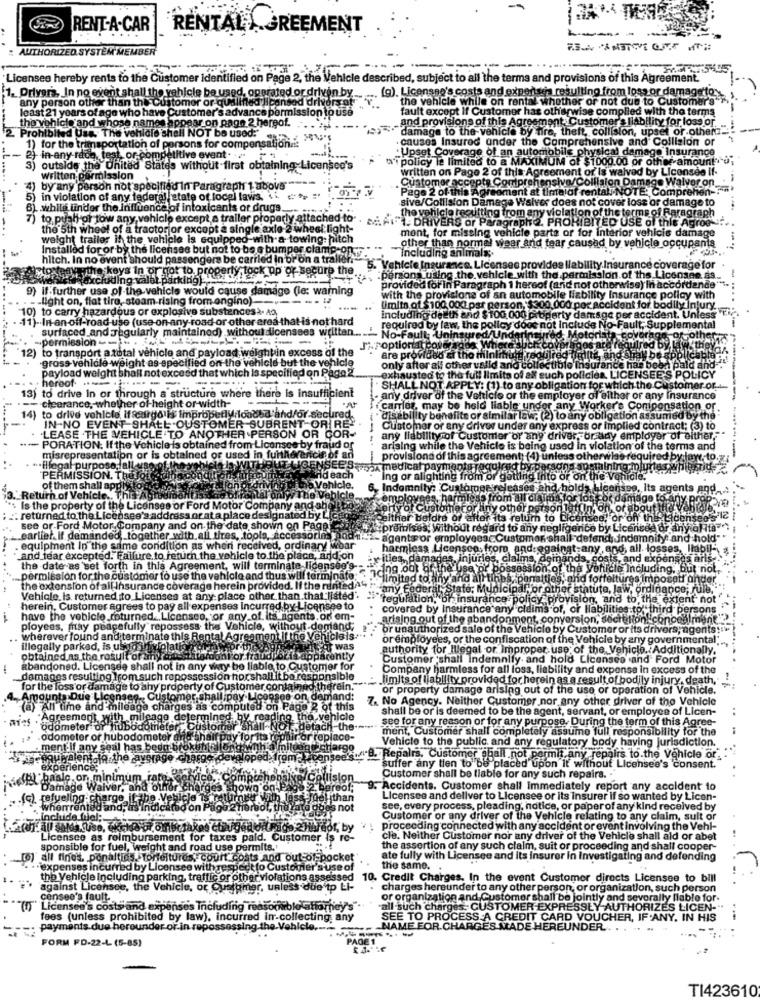
RENT-A-CAR
RENTAL. FREEMENT
: AUTHORIZED SYSTEM'ME
Licensee hereby rents to the Customer Identified on Page 2, the Vehicle described, subject to all the terms and provisions of this Agreement.
1. Drivers, In no event shall the vehicle be used, operated or driven by
.. (g). Licensno's costs and expenses resulting from loss or damageto:
d drive
the vehicle while on rental whether or not due to Customer's"
any person other than the Customer or quali
least 21 years of age who have Customer's advance pe
slonta
tho vehicle and whose names appear on page 2 hergof.
_ and provisions of this Agreement_Customer's liability for loss or
fault except If Customer has otherwise complied with the terms
damage to the vehicle by fire, theft, collision, upset or others.
2. Prohibited Uss. The vehicle shall NOT be used:"
. causes Insured under
the C
rehensive and Collision or
1) for the transportation of persons for compensation.i:
· Upset Cov
-Ups
damage Insurance
-in-any-rdon, test or competitive event.
policy le limited to
e of an automobile p
MUM of $1
w amount ;
3) outside the United States without first obtaining Licensed'
written on Page 2 of th
reem
vad
by Licensee if-
written permission
Customer
ge Walvor on_
by any person not specified In Paragraph 1 ubovs"
Customer accepts Cor
cepts Coutprehensive/Colllal
nt at time of
COTE: Comprehen-
in violation of any federal,state of local laws, ", ">
Page 2 of this Agreed
Page
sive/Collision Damag
Waiver does not cover loss or damage to
while under the influencelof intoxicants or drugs ...
they
temsilting from any violation of the terms of Faragraph
)to push of tow any vehicle except a t
r prope
2. PRORIE
7ED USE of this Agroe ?.
ITED
the 5th wheel of a tractor or except @ s
.FILL DRIVERS or Pa
mont, for missing vehicle par
or for into
ror vehicis damage
weight trailer if the vehicle is equ
Installed for or by the licenses but not to be o b
Including animals ;.
other than normal v
and tear car
y vehicle occupants
hitch. In no event should passengera be carried In or on a trailer
ould p
olmalıs.
keys in or not to properly lock up or secure the
Vehicle Insurance. Licenses provides liability Insurance coverage for
hicte Insurance. Licensee provid
age for
(cluding valet parking).
king)-
:persons using.the vehicle.with th
persons using.the vehicle.with the permission.of the Licensee.89
9) if further use of the
s would cause damage (le: warning
provided for in Paragraph 1 hereof
hereo
ss) In accordance
__ light on, flat tire, s
light on, flat tiro, stoam-rising from ongino).
Ing from angino)
with the provisions of an automob
10) to carry hazardous or explosive substances>. AS,
Umits of $100 000 par person, $300
Imits of $100 000 par person, $300,000 por accident for bodily injury ..
11)-In-an off-road use (use on any road or other area that is not hard
hard
including delth and $100.000 prop
bperty damage !
per accident. Unless
surfaced and regularly maintained) without dicensses writtan ..
hout dicensses
required by law, the policy does no
ude No
ult, Supplemental
ult Su
-permission ---
No-Fault
12) to transport a total vehicle and payload weightin excess of the
JAPoptional coser
red b
-grass vehlale weight as specified on the vehicle but the vehicle
are provide
Fuso er tho mint
-gross vehlale weig
payload weight shall not exceed that which is specified on Pago2
ht as-
lale
only after all other valid and collec
only after all other valid and collectible insura
as bee
hereof. ..
---
sted to the full limita of alt e
CENSEE'S PO
is insufficient
SHALL NOT APPLY: (1).to any obli
V: (1) to any obligation for which the Customer of ..
ch the C
stomer or.
13) to drive in or through a structure w
clearance, whether of-height or width-
any driver of the Vehl
loye
ot or any Insurance
carlos, may be held liable ur
compensation of
to drive vehicle if seargo is improperly loaded and/or-sech
disability benefits or similar law, (2)
ry obli
ation assumed by the
the
IN-NO EVENT SHALL OUSTOMER SUBRENT OR RE"
Customer or any driver under any
ed contract; (3) to
.LEASE THE VEHICLE .TO ANOTH
PERSON OR GOR
any liability of Customer or any d
any liability of Customer or any driver, or any employer of either,"
PORATION. If the Vehicle is obtained from Licenses b
ud or
arising while the Vehicle is being u
arising while the Vehicle is being used in violation of the terms and
3 and
misrepresentation or is obtained or used in fun
of an
provisions of this a
greement: (4) un
required by law to.
al purpose
ind each
ach
SSION
ahlcle.
Ing or alighting fr
Ing or alighting from or getting Into
or on th
of them shall app
,Indemnity: ℃
ts AnP-
3."Return of Ve
hy The Ve
employe
smage to
Licenses or Ford Motor Company and s
yor Custo
aboutt
. returned to the Licensee's address or at a place designated by Lic
peither before
on the LACE
see or Ford Motor Company and on the date shown on Page
#premises, with
ne
cencee or any ofIts"
earlier. if demanded, together with.all tires, tools, Accessories
-agents or
Isto
idemnity and hold"
equipment In the same condition as wheni received, ordinary wear
harmless Licens
from andes
all. losses, liabil-
tabil-
and tear excepted. Failure to fetuch the vehicle to the pl
ica, and on
rities, dar
injuries, clal
and
saris-
the date as set forth in this Agreement, will terminate licenseo's-
Including, but not,
permission for the customer to use the vehicle and thus will terminate;
`limited toany'and ai
Ires imposoti ando
the extension of all Insurance coverage herein provided. If the rentedArany €
tate; Munici
ance; Jul
Vehicle, is returned to_Licenses at any place other than.that listed".
-"regulation, or insurance policy p
to the extent not'
herein, Customer agrees to pay all expenses incurred by Licensee to
covered by insurance any
dim
to third persons
have the vehicle_returned ... Licenseo, or any of its agents, of em-
arising out of the abandonn
at.co
oncealm
ployees, may peacefully repossess the Vehicle, without-demand;
or unauthorized sale of the Vehicle!
ustom
lts dri
wherever found and terminate this Rental Agreement If the Vehicleis.
or employees, or the confiscation of the Vehicle by any governmer
illegally parked, is used in violatis
was
authority for Illegal or. Improper use of the, V
picto. Additionally
obtained as the result of any as
ont or fraudporis apparently
Customer 'shall Indemnify. and hold Licenses and Ford Motor
abandoned. Licensee shall not in any w
le to Customer for
Company harmless for all loss, liability and expense in excess of the
damages resulting from such repossession horshallit be responsible
shall it be responsible
limits of liability provided for herein as a result of bodily injury, death,"
for the loss or damage to ahy property of C
er contained't
ığfrein.
or property damage arising out of the use or operation of Vehicle.
Amounts Due LI
. Custome
posee on demand:
7. No Agency. Neither Customer nor any other driver of the Vehicle
All time and milead
d on Page 2 of this
shall be or is deemed to be the agent, servant, or employee of Licen-
reemont, with
o del
aping. tho-vehicle
see for any reason or for any purpose, During the term of this Agree-
odome
rfor hu
ment, Customer shall completely assume full responsibility for the
odometer or hubodom
Vehicle to the public and any regulatory body having jurisdiction.
ment.if any seal has b
ofanth
fram
.B. Repairs. Customer shall not permit any repairs to.the Vehicle or ..
"suffer any tlen to be placed upon It without Licensee's consent.
.on m
Customer shall be liable for any such repairs.
de W
rges
owD on
Accidents. Customer shall immediately report any accident to
(c), refueling.
than
Licensee and deliver to Licensee or its Insurer if so wanted by Licen-
see, every process, pleading, notice, or paper of any kind received by
Customer or any driver of the Vehicle relating to any claim, sult or
proceeding connected with any accident or event involving the Vehl-
Licensee as reimbursement for taxes pald. Customer is rc
cle. Neither Customer nor any driver of the Vehicle shall ald or abet
sponsible for fuel, weight and road use permits.'
the assertion of any such claim, suit or proceeding and shall cooper-
[0) all fines. ponaltids. Torteltures, court costs and out-of-pocket'
ate fully with Licensee and Its Insurer in Investigating and defending
"expenses incurred by Licensee with respect to Customer 's'use o
the same.
the Vehicle Including parking, traffic or other violations asse
10. Credit Charges. In the event Customer directs Licensee to bill
against Licensee, the Vehicle, or Customer, unless due to L
charges hereunder to any other person, or organization, such person
censee's fault.
or organization and Customer shall be jointly and severally flable for.
Licenses's costs and expenses including reasonable attorney's
all such charges-CUSTOMER EXPRESSLY AUTHORIZES LICEN-".
fees (unless prohibited by law), incurred in-collecting any
SEE TO PROCESS A CREDIT CARD VOUCHER, IF ANY. IN HIS
payments due herounder or in repossessing the Vehicle .....
g-the.Ve
MAN
ME FOR CHARGES MADE HEREUNDER ... .
FORM FD-22-L (5-85)
PAGE
TI423610